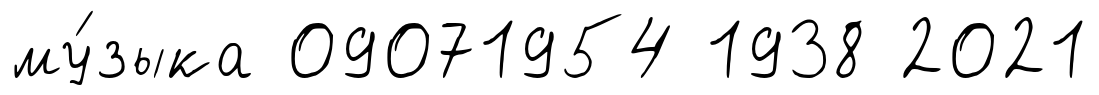
му́зыка 09071954 1938 2021